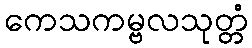
ကေသကမ္ဗလသုတ္တံ